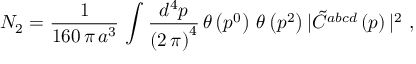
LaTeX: N _ { 2 } = \frac { 1 } { 1 6 0 \, \pi \, a ^ { 3 } } \, \int \frac { d ^ { 4 } p } { \left( 2 \, \pi \right) ^ { 4 } } \, \theta \left( p ^ { 0 } \right) \, \theta \left( p ^ { 2 } \right) \vert { \tilde { C } } ^ { a b c d } \left( p \right) \vert ^ { 2 } \, \, ,